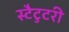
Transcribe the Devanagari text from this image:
स्टैटुटरी